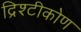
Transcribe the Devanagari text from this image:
द्रिश्टीकोण